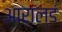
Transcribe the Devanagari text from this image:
आराल्डं